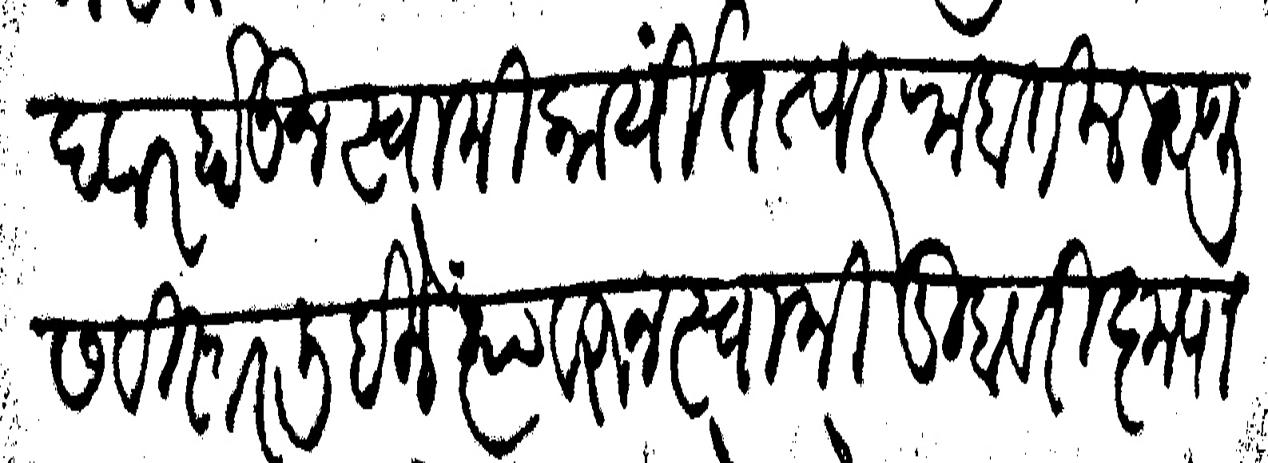
Transliteration (Devanagari): उमेदवार होऊन स्वामीकार्यी तत्पर राहातील म्हणू सविस्तर लिहिलें त्यावरून स्वामी तुम्हावरी कृपाळू